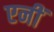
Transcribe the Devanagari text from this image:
एनीं